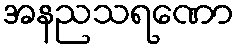
အနညသရဏော